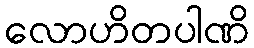
လောဟိတပါဏိ